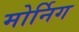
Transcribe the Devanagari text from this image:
मोर्निग